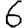
Digit: 6